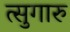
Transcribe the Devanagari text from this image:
त्सुगारु